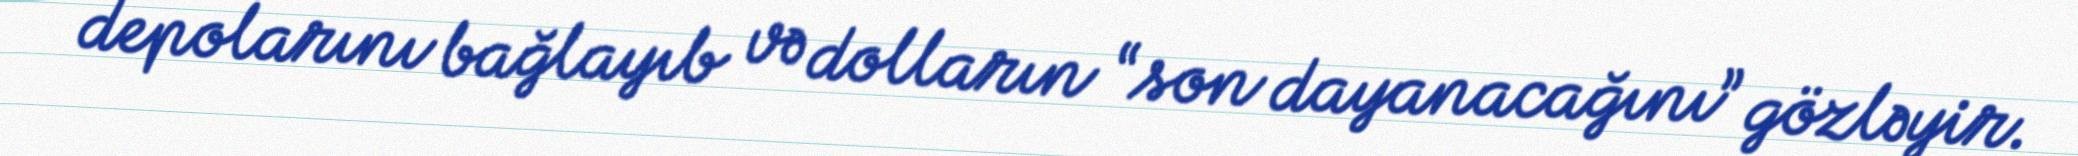
depolarını bağlayıb və dolların “son dayanacağını” gözləyir.